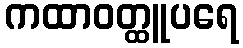
ကထာဝတ္ထူပရေ